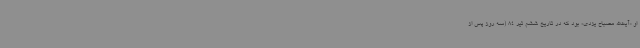
او «آیت‌الله مصباح‌ یزدی» بود که در تاریخ ششم تیر 84 (سه روز پس از